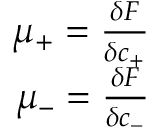
\begin{array} { r } { \mu _ { + } = \frac { \delta F } { \delta c _ { + } } } \\ { \mu _ { - } = \frac { \delta F } { \delta c _ { - } } } \end{array}